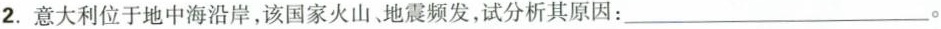
2.意大利位于地中海沿岸，该国家火山地震频发，试分析其原因：___